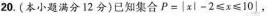
20.(本小题满分12分)已知集合$$P = { x | - 2 ≤ x ≤ 1 0 |$$，